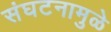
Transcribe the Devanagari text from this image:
संघटनामुळे